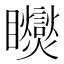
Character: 𥍏